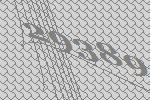
29389